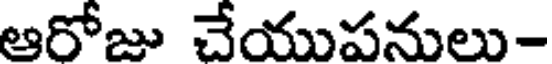
ఆరోజు చేయుపనులు-